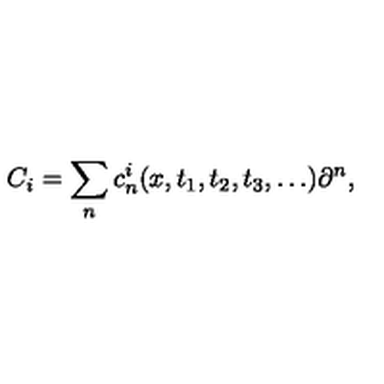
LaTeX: C _ { i } = \sum _ { n } c _ { n } ^ { i } ( x , t _ { 1 } , t _ { 2 } , t _ { 3 } , \dots ) \partial ^ { n } ,